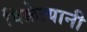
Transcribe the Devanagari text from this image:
विक्रेत्यानी